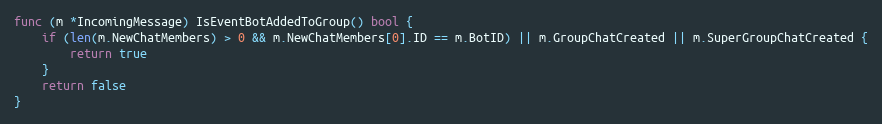
Language: Go
func (m *IncomingMessage) IsEventBotAddedToGroup() bool {
	if (len(m.NewChatMembers) > 0 && m.NewChatMembers[0].ID == m.BotID) || m.GroupChatCreated || m.SuperGroupChatCreated {
		return true
	}
	return false
}